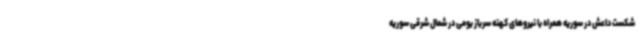
شکست داعش در سوریه همراه با نیروهای کهنه سرباز بومی در شمال شرقی سوریه